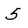
Character: 5